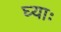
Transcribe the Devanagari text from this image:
घ्‍याः